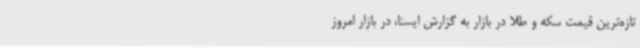
تازه‌ترین قیمت سکه و طلا در بازار به گزارش ایسنا، در بازار امروز